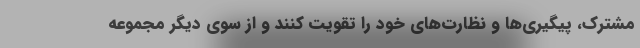
مشترک، پیگیری‌ها و نظارت‌های خود را تقویت کنند و از سوی دیگر مجموعه